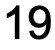
19